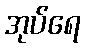
အုပ်ရေ